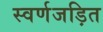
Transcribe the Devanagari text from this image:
स्‍वर्णजड़ित